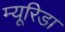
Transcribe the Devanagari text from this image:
म्यूरिडा